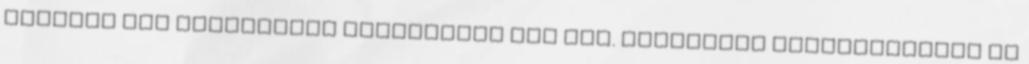
Vatikán egy különleges feladattal bíz meg. Újságírói objektivitása és